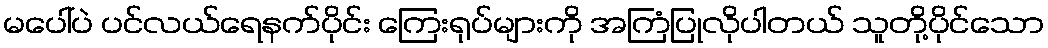
မပေါ်ပဲ ပင်လယ်ရေနက်ပိုင်း ကြေးရုပ်များကို အကြံပြုလိုပါတယ် သူတို့ပိုင်သော